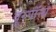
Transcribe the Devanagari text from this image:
बूरगॉन्ये